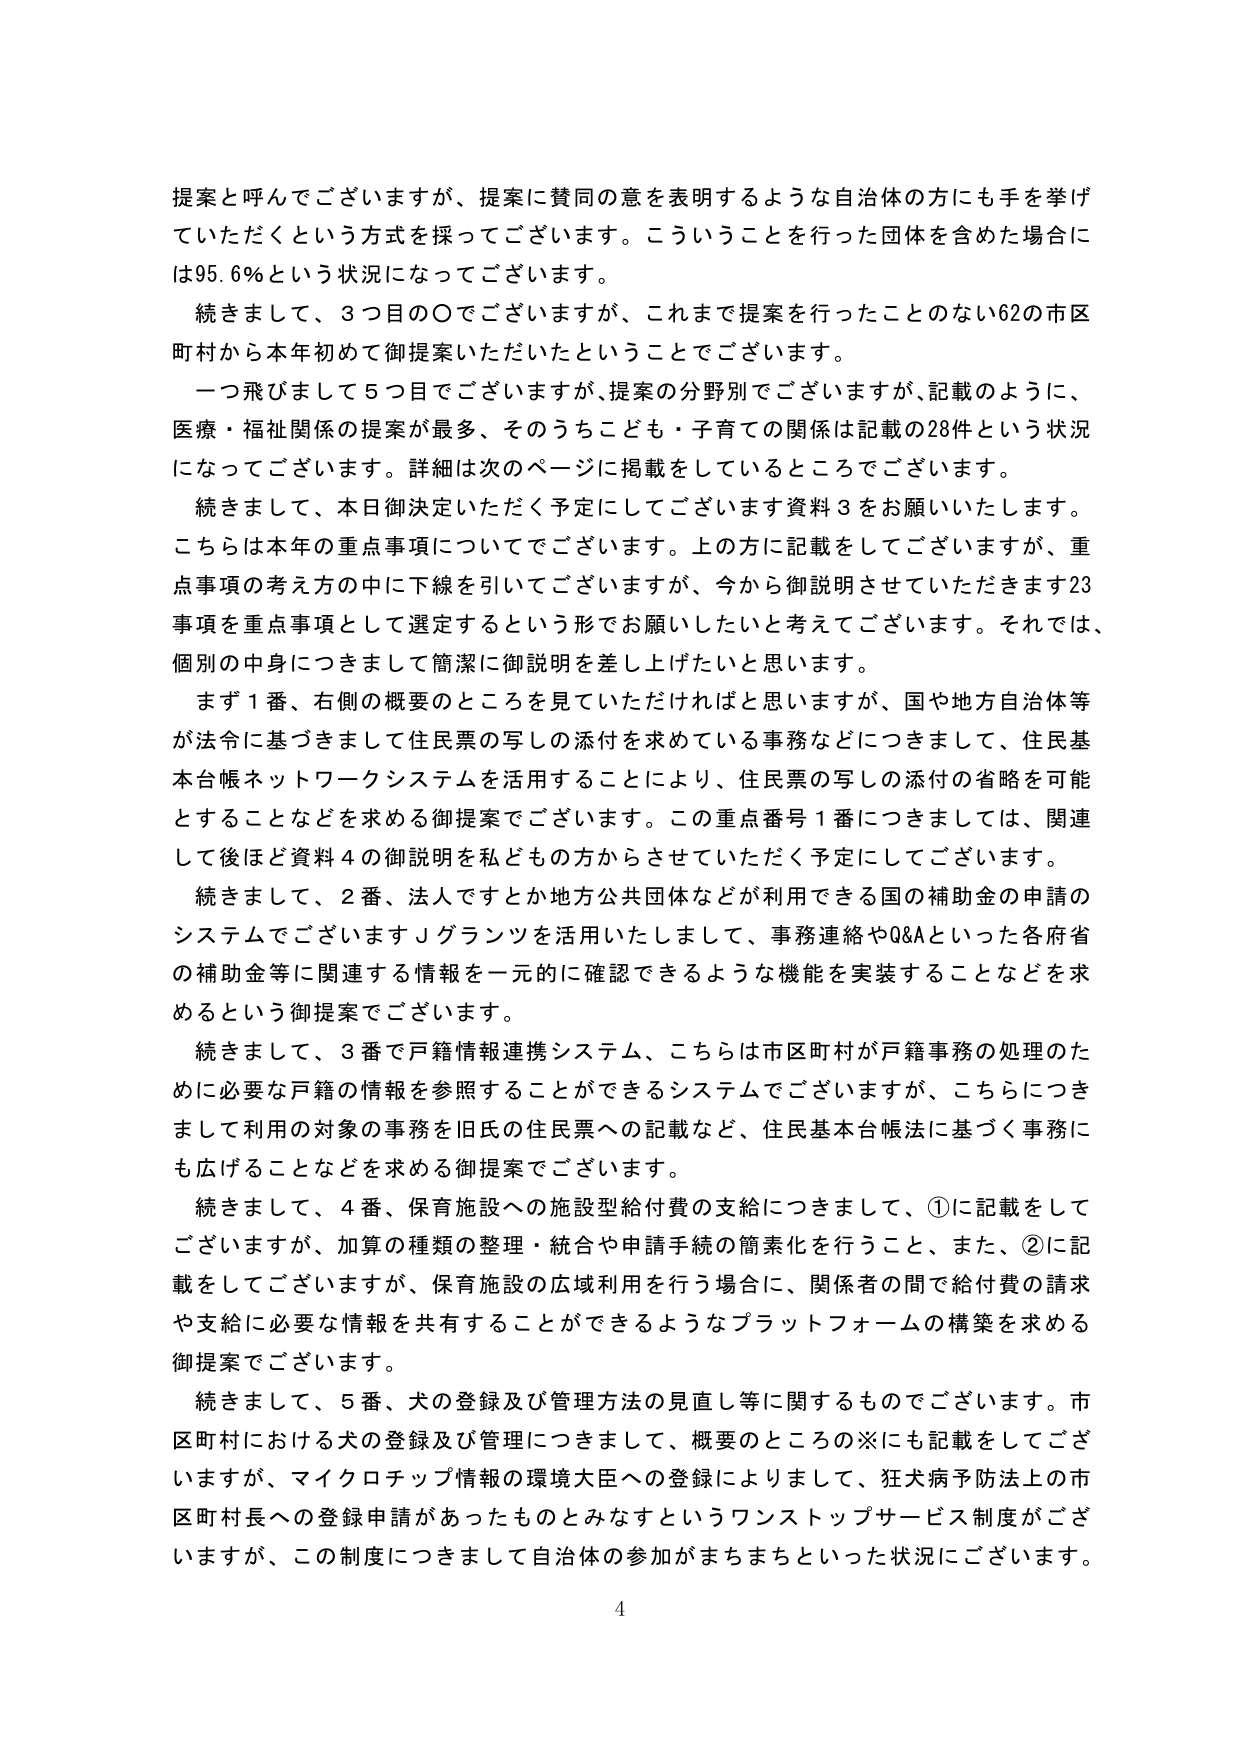
提案と呼んでございますが、提案に賛同の意を表明するような自治体の方にも手を挙げていただくという方式を採ってございます。こういうことを行った団体を含めた場合には95.6％という状況になってございます。

続きまして、3つ目の〇でございますが、これまで提案を行ったことのない62の市区町村から本年初めて御提案いただいたということでございます。

一つ飛びまして5つ目でございますが、提案の分野別でございますが、記載のように、医療・福祉関係の提案が最多、そのうちこども・子育ての関係は記載の28件という状況になってございます。詳細は次のページに掲載をしているところでございます。

続きまして、本日御決定いただく予定にしてございます資料3をお願いいたします。こちらは本年の重点事項についてでございます。上の方に記載をしてございますが、重点事項の考え方の中に下線を引いてございますが、今から御説明させていただきます23事項を重点事項として選定するという形でお願いしたいと考えてございます。それでは、個別の中身につきまして簡潔に御説明を差し上げたいと思います。

まず1番、右側の概要のところを見ていただければと思いますが、国や地方自治体等が法令に基づきまして住民票の写しの添付を求めている事務などにつきまして、住民基本台帳ネットワークシステムを活用することにより、住民票の写しの添付の省略を可能とすることなどを求める御提案でございます。この重点番号1番につきましては、関連して後ほど資料4の御説明を私どもの方からさせていただく予定にしてございます。

続きまして、2番、法人ですとか地方公共団体などが利用できる国の補助金の申請のシステムでございますＪグランツを活用いたしまして、事務連絡やQ&Aといった各府省の補助金等に関連する情報を一元的に確認できるような機能を実装することなどを求めるという御提案でございます。

続きまして、3番で戸籍情報連携システム、こちらは市区町村が戸籍事務の処理のために必要な戸籍の情報を参照することができるシステムでございますが、こちらにつきまして利用の対象の事務を旧氏の住民票への記載など、住民基本台帳法に基づく事務にも広げることなどを求める御提案でございます。

続きまして、4番、保育施設への施設型給付費の支給につきまして、①に記載をしてございますが、加算の種類の整理・統合や申請手続の簡素化を行うこと、また、②に記載をしてございますが、保育施設の広域利用を行う場合に、関係者の間で給付費の請求や支給に必要な情報を共有することができるようなプラットフォームの構築を求める御提案でございます。

続きまして、5番、犬の登録及び管理方法の見直し等に関するものでございます。市区町村における犬の登録及び管理につきまして、概要のところの※にも記載をしてございますが、マイクロチップ情報の環境大臣への登録によりまして、狂犬病予防法上の市区町村長への登録申請があったものとみなすというワンストップサービス制度がございますが、この制度につきまして自治体の参加がまちまちといった状況にございます。

4